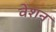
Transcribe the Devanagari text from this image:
वेशन